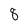
Character: 8